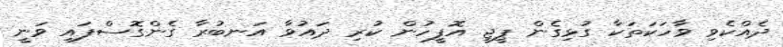
ދެއްކެވި ވާހަކަތަކާ ގުޅިގެން ޕީޖީ އޮފީހުން ކުރި ދައުވާ އަނބުރާ ގެންގޮސްފައި ވަނީ